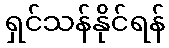
ရှင်သန်နိုင်ရန်